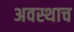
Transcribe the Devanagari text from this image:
अवस्थाच